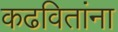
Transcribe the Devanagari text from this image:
कढवितांना